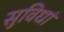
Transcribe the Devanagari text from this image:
सुविधां